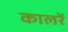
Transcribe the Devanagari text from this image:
कालरें